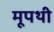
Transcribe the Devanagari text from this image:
मूपथी